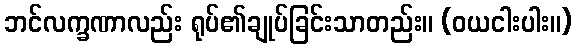
ဘင်လက္ခဏာလည်း ရုပ်၏ချုပ်ခြင်းသာတည်း။ (ဝယငါးပါး။)